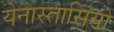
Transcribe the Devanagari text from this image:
येनास्तासियो